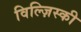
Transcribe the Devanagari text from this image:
विल्ज़िस्की